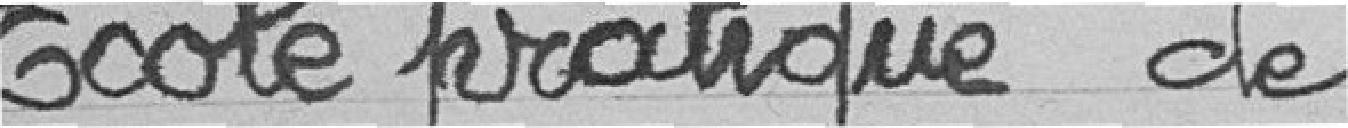
Ecole pratique de